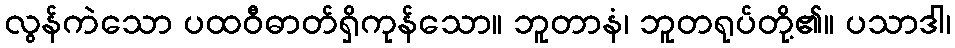
လွန်ကဲသော ပထဝီဓာတ်ရှိကုန်သော။ ဘူတာနံ၊ ဘူတရုပ်တို့၏။ ပသာဒါ၊